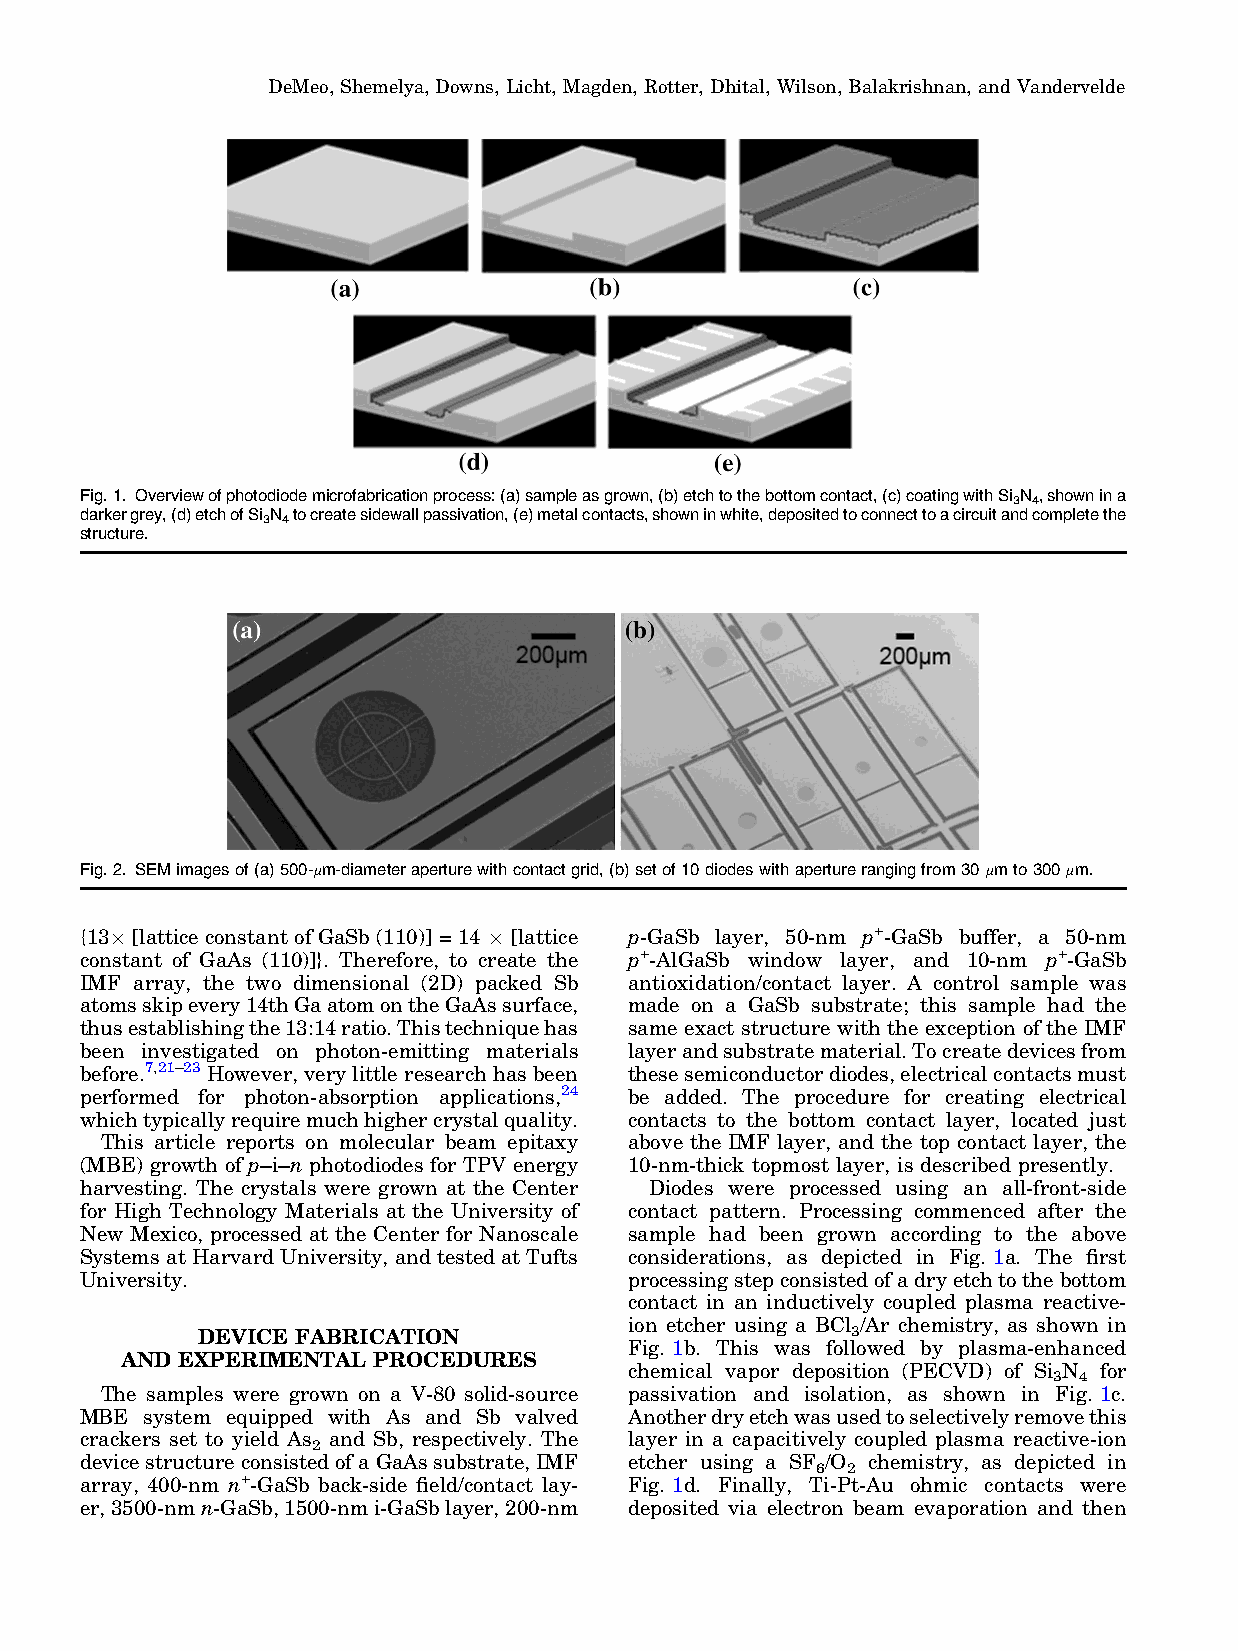
DeMeo,Shemelya, Downs,Licht, Magden, Rotter, Dhital, Wilson,Balakrishnan, and Vandervelde
 Fig.1. Overviewofphotodiodemicrofabricationprocess:(a)sampleasgrown,(b)etchtothebottomcontact,(c)coatingwithSi N ,shownina
 3 4
 darkergrey,(d)etchofSi N tocreatesidewallpassivation,(e)metalcontacts,showninwhite,depositedtoconnecttoacircuitandcompletethe
 3 4
 structure.
 Fig.2. SEMimagesof(a)500-lm-diameteraperturewithcontactgrid,(b)setof10diodeswithaperturerangingfrom30lmto300lm.
 {139 [lattice constant of GaSb (110)] = 14 9 [lattice p-GaSb layer, 50-nm p+-GaSb buffer, a 50-nm
 constant of GaAs (110)]}. Therefore, to create the p+-AlGaSb window layer, and 10-nm p+-GaSb
 IMF array, the two dimensional (2D) packed Sb antioxidation/contact layer. A control sample was
 atomsskipevery14thGaatomontheGaAssurface, made on a GaSb substrate; this sample had the
 thusestablishingthe13:14ratio.Thistechniquehas same exact structure with the exception of the IMF
 been investigated on photon-emitting materials layerandsubstratematerial.Tocreatedevicesfrom
 before.7,21–23However,verylittle researchhasbeen thesesemiconductordiodes,electricalcontactsmust
 performed for photon-absorption applications,24 be added. The procedure for creating electrical
 whichtypicallyrequiremuchhighercrystalquality. contacts to the bottom contact layer, located just
 This article reports on molecular beam epitaxy above the IMF layer, and the top contact layer, the
 (MBE) growth of p–i–n photodiodes for TPV energy 10-nm-thick topmost layer, is described presently.
 harvesting. The crystals were grown at the Center Diodes were processed using an all-front-side
 for High Technology Materials at the University of contact pattern. Processing commenced after the
 New Mexico, processed at the Center for Nanoscale sample had been grown according to the above
 SystemsatHarvard University, andtestedatTufts considerations, as depicted in Fig. 1a. The first
 University.                          processingstepconsistedofadryetchtothebottom
 contact in an inductively coupled plasma reactive-
 ion etcher using a BCl /Ar chemistry, as shown in
 DEVICE FABRICATION                         3
 Fig. 1b. This was followed by plasma-enhanced
 AND EXPERIMENTAL PROCEDURES
 chemical vapor deposition (PECVD) of Si N for
 3 4
 The samples were grown on a V-80 solid-source passivation and isolation, as shown in Fig. 1c.
 MBE  system equipped with As and Sb valved Anotherdryetchwasusedtoselectivelyremovethis
 crackers set to yield As and Sb, respectively. The layer in a capacitively coupled plasma reactive-ion
 2
 devicestructureconsistedofaGaAssubstrate,IMF etcher using a SF /O chemistry, as depicted in
 6 2
 array, 400-nm n+-GaSb back-side field/contact lay- Fig. 1d. Finally, Ti-Pt-Au ohmic contacts were
 er,3500-nmn-GaSb,1500-nmi-GaSblayer,200-nm deposited via electron beam evaporation and then